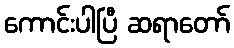
ကောင်းပါပြီ ဆရာတော်